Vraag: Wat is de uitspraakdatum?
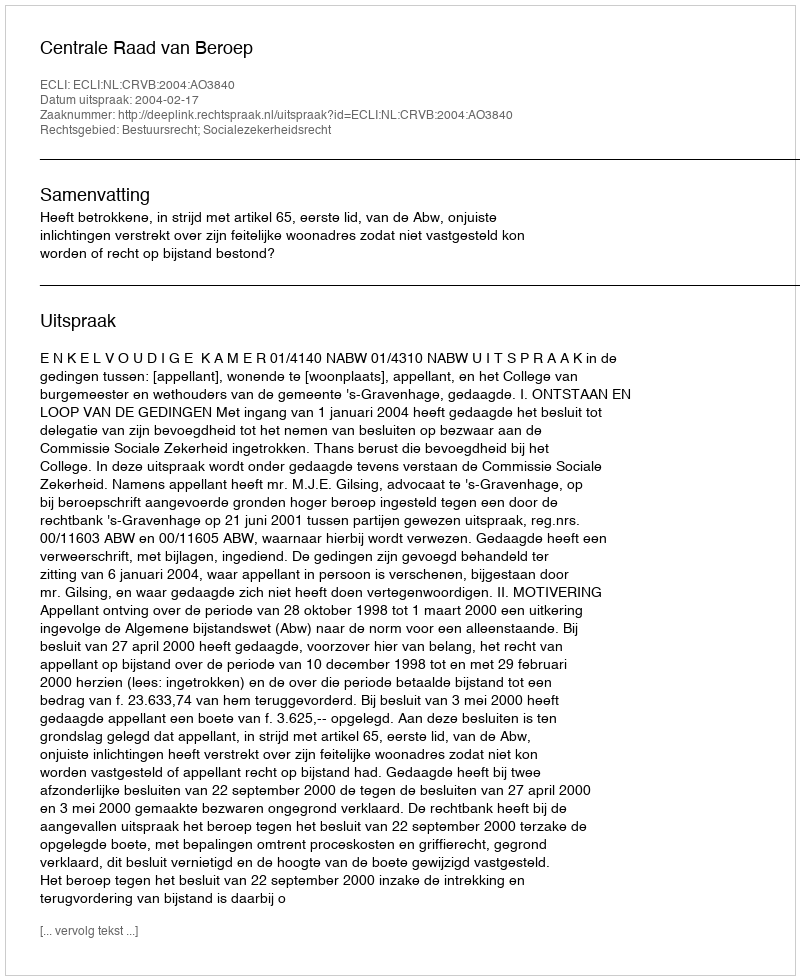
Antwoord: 2004-02-17